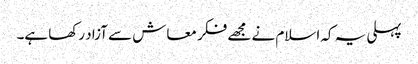
پہلی یہ کہ اسلام نے مجھے فکر معاش سے آزاد رکھا ہے۔